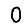
Digit: 0